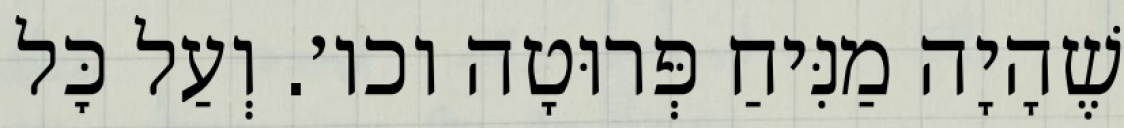
שֶׁהָיָה מַנִּיחַ פְּרוּטָה וכו׳. וְעַל כׇּל